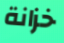
خزانة